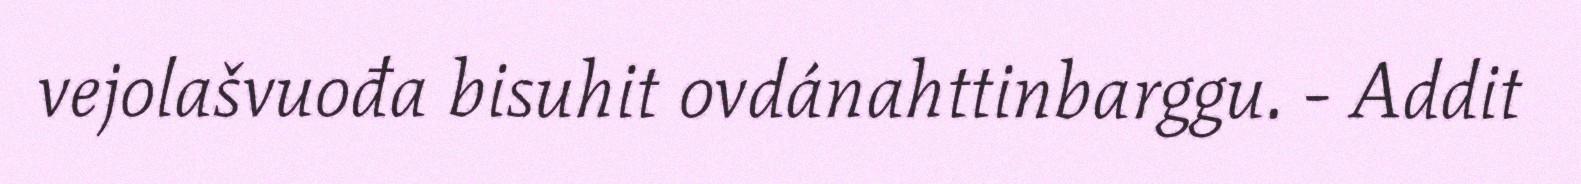
vejolašvuođa bisuhit ovdánahttinbarggu. - Addit